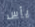
يأس